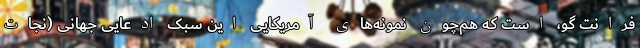
فرانت گو، است که هم‌چون نمونه‌های آمریکاییِ این سبک ادعایی جهانی (نجات